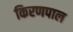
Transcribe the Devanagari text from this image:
किरणपाल